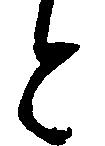
と